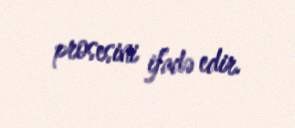
prosesini ifadə edir.